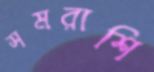
সমরাশি